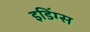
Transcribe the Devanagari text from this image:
इडिंग्स